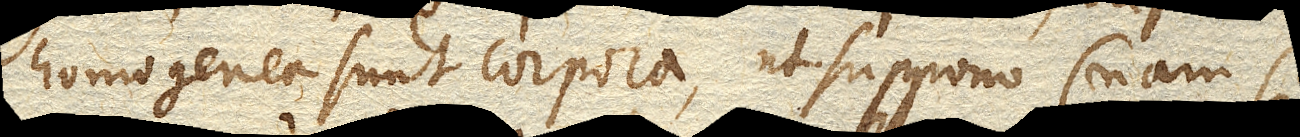
si homogenea sunt corpora, ut suppono (nam si